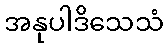
အနုပါဒိသေသံ